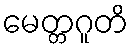
မေတ္တဂူတိ